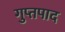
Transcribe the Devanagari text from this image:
गुप्तपाद